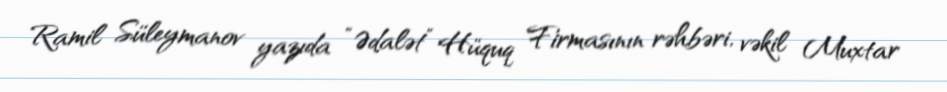
Ramil Süleymanov yazıda “Ədalət” Hüquq Firmasının rəhbəri, vəkil Muxtar